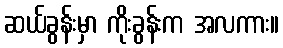
ဆယ်ခွန်းမှာ ကိုးခွန်းက အလကား။